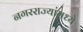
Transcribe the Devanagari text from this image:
नगरराज्यांमध्ये